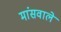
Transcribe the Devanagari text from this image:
मांसवाले